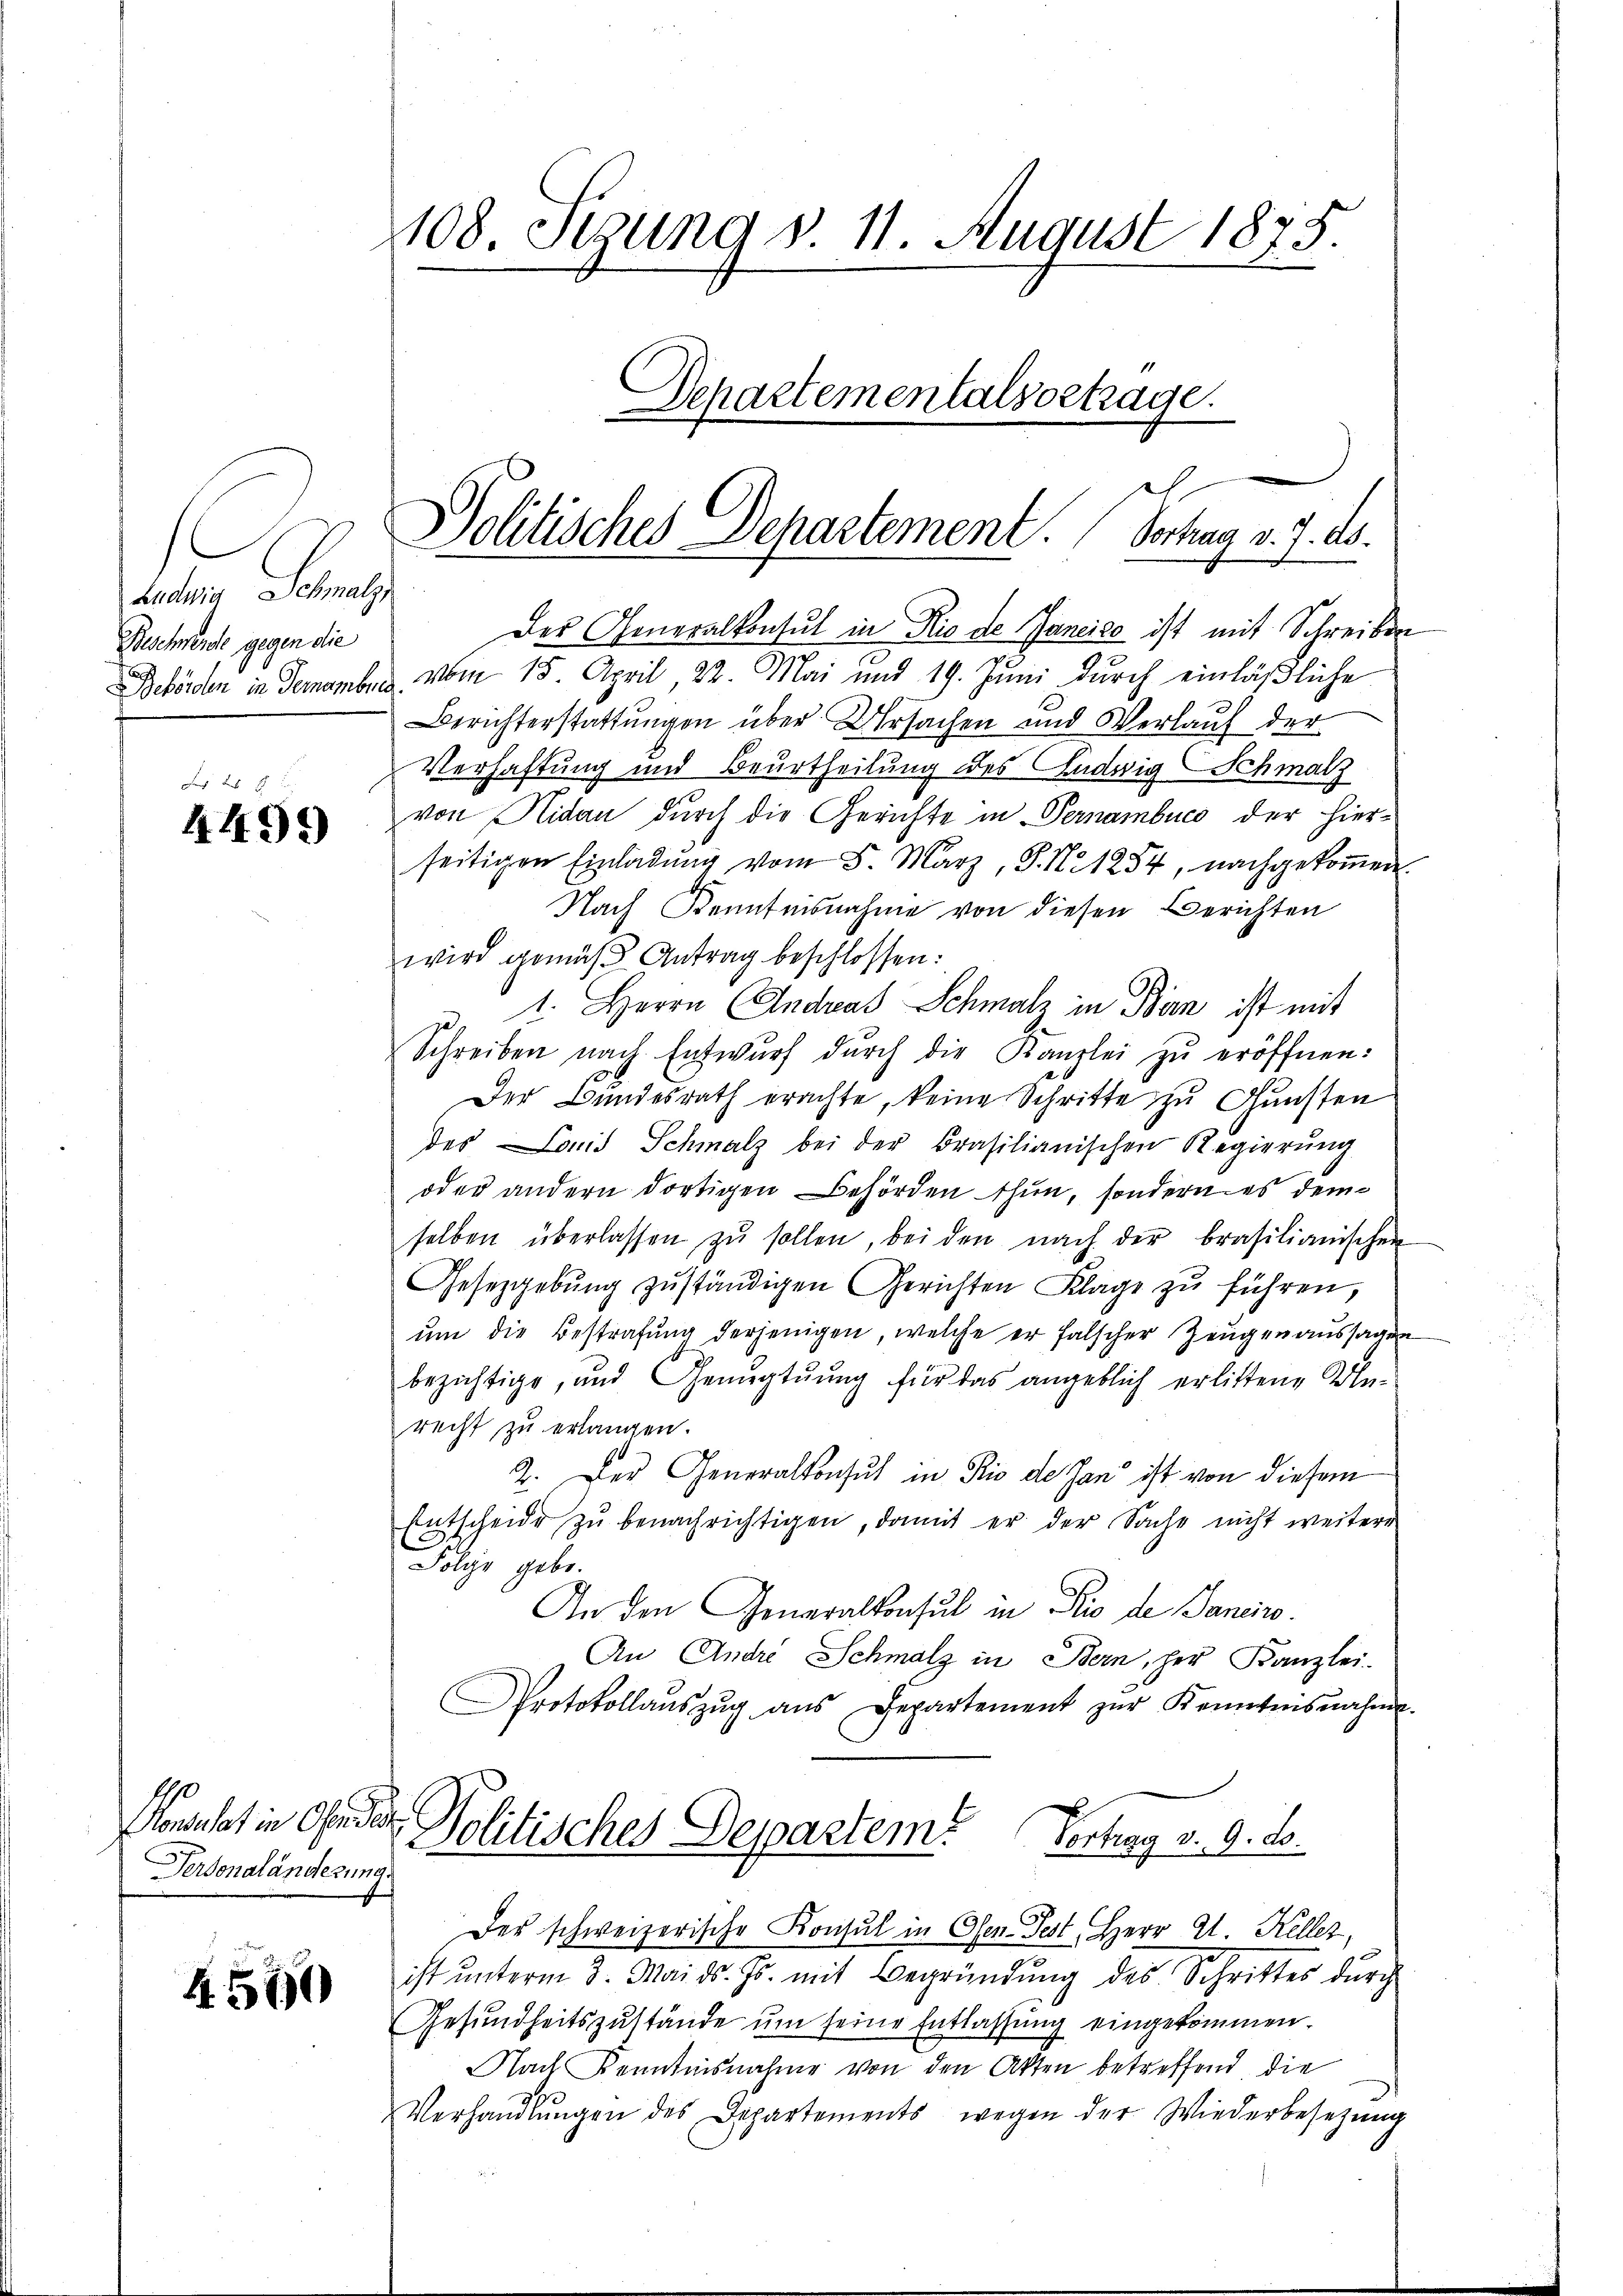
Ludwig Schmalz,
Beschwerde gegen die

2 x
4499

Monat in Ofende
Personaländerung.

4500

108. Sedung v. 11. August 1875.

Der Generalkonsul in Rio de Jancico ist mit Schreiben
Behörden in Gemamber vom 15. April, 22. Mai und 19. Jŭni durch einläβliche
Berichterstattungen über Ursachen und Verlauf der
Verhaftung und Beurtheilung des Ludwig Schmalz
von Nidau durch die Gerichte in Vernambucs der hierseitigen Einladŭng vom 5. März, P. Nr. 1254, nachgekoṁen.
Nach Kenntnisnahme von diesen Berichten
wird gemäβ Antrag beschlossen:
p. 1. Herrn Andrat Schmalz in Bin ist mit
Schreiben nach Entwŭrf dŭrch die Karlei zŭ eröffnen:
Der Bundesrath erachte, keine Schritte zu Gunsten
des Lois Schmalz bei der Brasilianischen Regierŭng
oder andern dortigen Behörden thun, sondern es dem
selben überlassen zŭ sollen, bei den nach der brasilianischen
Gesetzgebŭng zŭständigen Gerichten Klage zu führen,
ŭm die Bestrafŭng derjenigen, welche er falscher Zeŭgen aŭssagen
bezichtige, und Genugtuung für das angeblich erlittene Un-
recht zu erlangen.
2. Der Generalkonsul in Rio de Jan ist von diesem
Entscheide zu benachrichtigen, damit er der Sache nicht weitere
b
Folge gebe.
In den Generalkonsul in Rio de Janeiro
An Andre Schmalz in Bern, per Kanzlei-
Protokollaŭszŭg ans Departement zŭr Kenntnisnahme.
.
Politisches Departem Vortrag v. 9. ds.
Der schweizerische Konsul in Osen Fest, Herr A. Keller,
ist unterm 3. Mai d. Js. mit Begründung des Schrittes durch
Gesundheitszustände um seine Entlassung eingekommen.
Nach Kenntnisnahme von den Akten betreffend die
Verhandlŭngen des Departements wegen der Wiederbesetzŭng
.

Politisches Departement. Sontag v. 7. ds.

Schartementalsortrage.